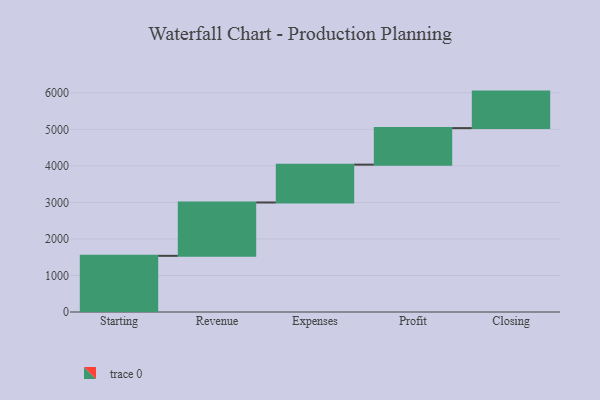
{"axis": {"x": "Step", "y": "Value"}, "legend": [""], "data": [{"x": "Starting", "y": 1538.0, "type": ""}, {"x": "Revenue", "y": 1461.0, "type": ""}, {"x": "Expenses", "y": 1036.0, "type": ""}, {"x": "Profit", "y": 1000, "type": ""}, {"x": "Closing", "y": 1000, "type": ""}]}